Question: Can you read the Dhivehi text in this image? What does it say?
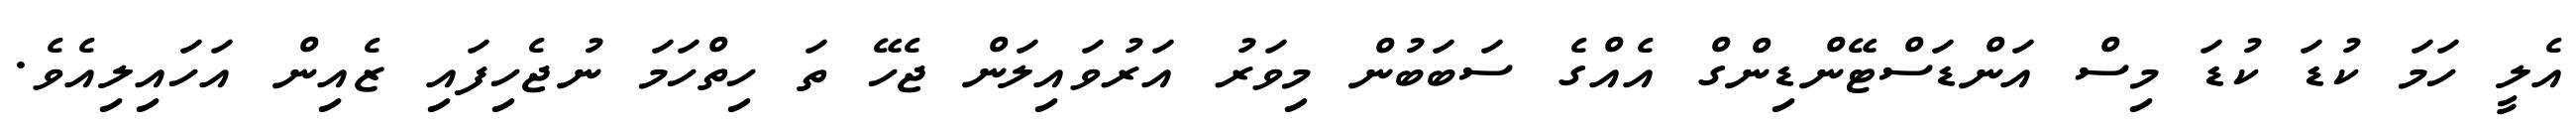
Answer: އެލީ ހަމަ ކުޑަ ކުޑަ މިސް އަންޑަސްޓޭންޑިންގް އެއްގެ ސަބަބުން މިވަރު އަރުވައިލަން ޖެހޭ ތަ ހިތްހަމަ ނުޖެހިފައި ޒެއިން އަހައިލިއެވެ.